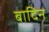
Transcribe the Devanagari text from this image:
बादिन